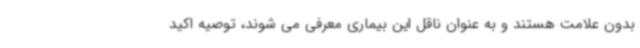
بدون علامت هستند و به عنوان ناقل این بیماری معرفی می شوند، توصیه اکید